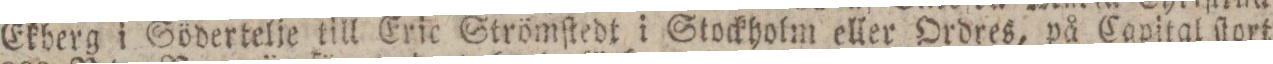
Ekberg i Södertelje till Eric Strömſtedt i Stockholm eller Ordres, på Capital ſtort